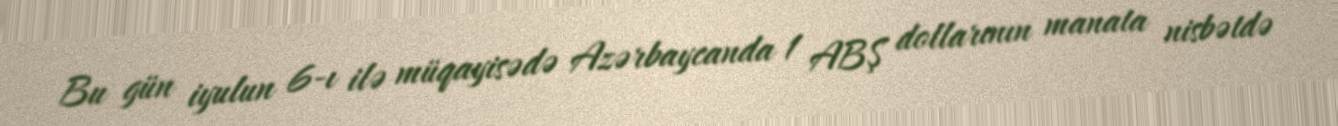
Bu gün iyulun 6-ı ilə müqayisədə Azərbaycanda 1 ABŞ dollarının manata nisbətdə